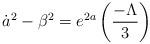
LaTeX: \begin{align*}{\dot a}^{2} - {\beta}^{2} = e^{2a}\left(\frac{-\Lambda}{3}\right)\end{align*}